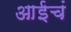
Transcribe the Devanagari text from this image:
आईचं